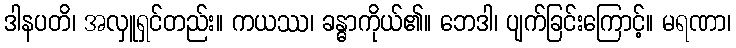
ဒါနပတိ၊ အလှူရှင်တည်း။ ကယဿ၊ ခန္ဓာကိုယ်၏။ ဘေဒါ၊ ပျက်ခြင်းကြောင့်။ မရဏာ၊